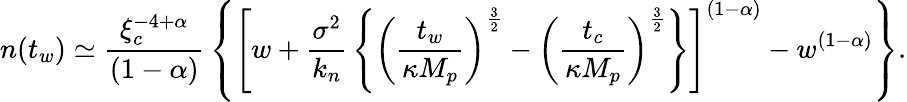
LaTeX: n(t_{w})\simeq{\frac{\xi_{c}^{-4+\alpha}}{(1-\alpha)}}\left\{ \left[w+{\frac{\sigma^{2}}{k_{n}}}\left\{ \left({\frac{t_{w}}{\kappa M_{p}}}\right)^{\frac{3}{2}}-\left({\frac{t_{c}}{\kappa M_{p}}}\right)^{\frac{3}{2}}\right\} \right]^{(1-\alpha)}-w^{(1-\alpha)}\right\} .